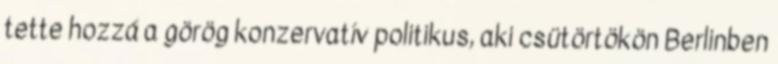
tette hozzá a görög konzervatív politikus, aki csütörtökön Berlinben